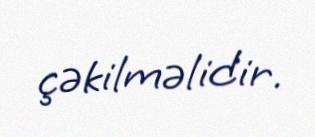
çəkilməlidir.